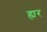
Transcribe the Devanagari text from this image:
ह्यर